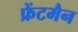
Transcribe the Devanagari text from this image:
फ्रेंटमैन